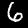
Label: 6